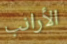
الأرانب